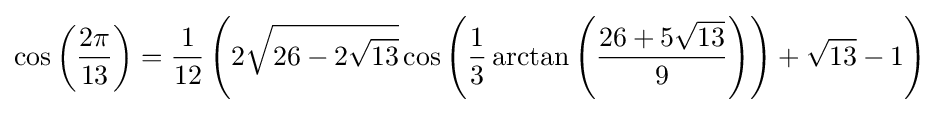
\cos \left({\frac {2\pi }{13}}\right)={\frac {1}{12}}\left(2{\sqrt {26-2{\sqrt {13}}}}\cos \left({\frac {1}{3}}\arctan \left({\frac {26+5{\sqrt {13}}}{9}}\right)\right)+{\sqrt {13}}-1\right)